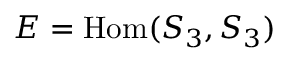
E = \operatorname { H o m } ( S _ { 3 } , S _ { 3 } )